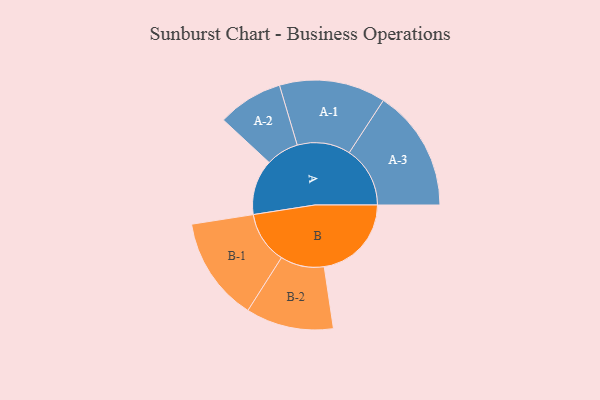
{"axis": {"x": "Segment", "y": "Value"}, "legend": ["", "A", "B"], "data": [{"x": "A", "y": 260, "type": ""}, {"x": "B", "y": 410, "type": ""}, {"x": "A-1", "y": 250, "type": "A"}, {"x": "A-2", "y": 154, "type": "A"}, {"x": "A-3", "y": 286, "type": "A"}, {"x": "B-1", "y": 245, "type": "B"}, {"x": "B-2", "y": 206, "type": "B"}]}